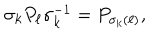
\sigma _ { k } P _ { \ell } \sigma _ { k } ^ { - 1 } = P _ { \sigma _ { k } ( \ell ) } ,